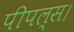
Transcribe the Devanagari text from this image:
पीपल्स।